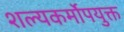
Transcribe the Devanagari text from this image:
शल्यकर्मोपयुक्त